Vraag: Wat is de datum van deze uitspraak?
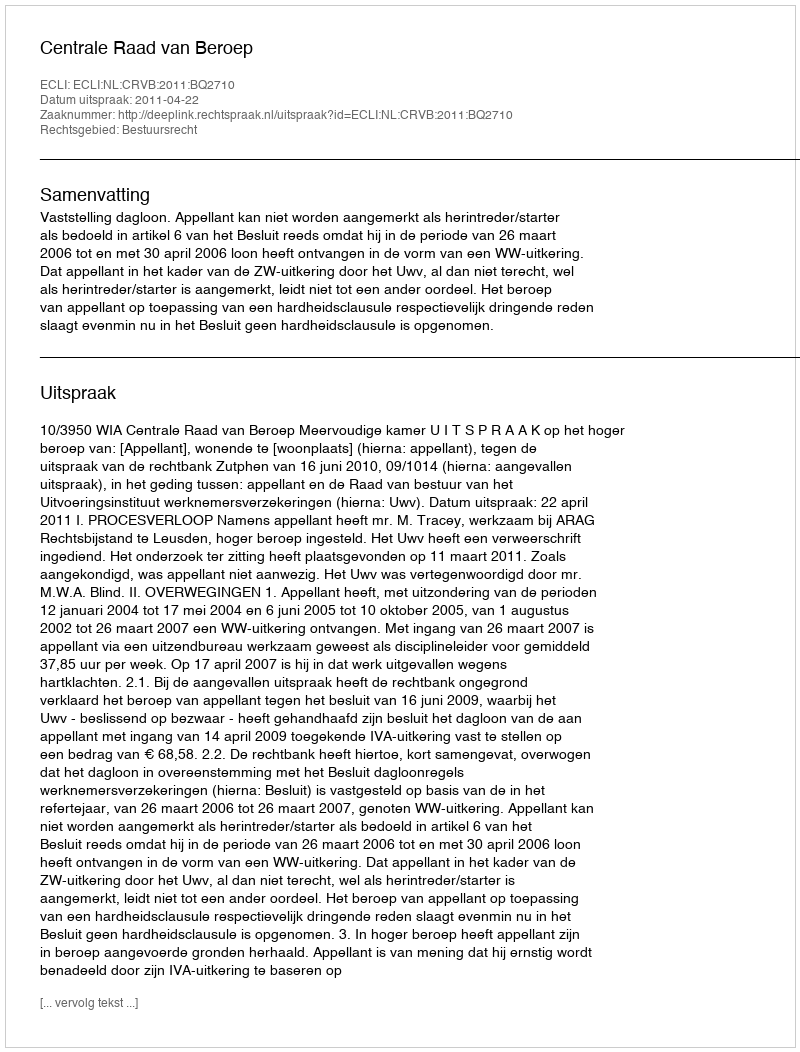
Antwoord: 2011-04-22